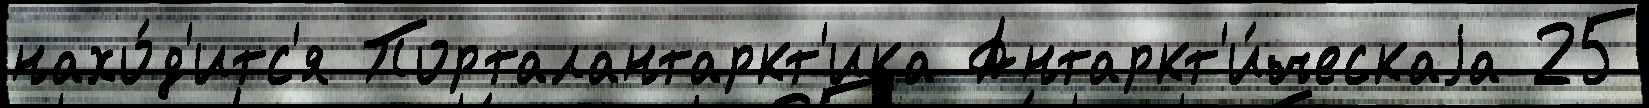
нахо́д'итс'я Порталантаркт'ика Антаркт'и́ческаjа 25